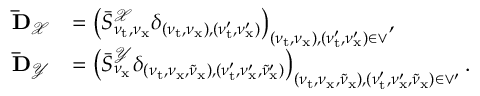
\begin{array} { r l } { \mathbf { \bar { D } } _ { \mathcal { X } } } & { = \bigl ( \bar { S } _ { \nu _ { \mathrm { t } } , \nu _ { \mathrm { x } } } ^ { \mathcal { X } } \delta _ { ( \nu _ { \mathrm { t } } , \nu _ { \mathrm { x } } ) , ( \nu _ { \mathrm { t } } ^ { \prime } , \nu _ { \mathrm { x } } ^ { \prime } ) } \bigr ) _ { ( \nu _ { \mathrm { t } } , \nu _ { \mathrm { x } } ) , ( \nu _ { \mathrm { t } } ^ { \prime } , \nu _ { \mathrm { x } } ^ { \prime } ) \in \vee } , } \\ { \mathbf { \bar { D } } _ { \mathcal { Y } } } & { = \bigl ( \bar { S } _ { \nu _ { \mathrm { x } } } ^ { \mathcal { Y } } \delta _ { ( \nu _ { \mathrm { t } } , \nu _ { \mathrm { x } } , \tilde { \nu } _ { \mathrm { x } } ) , ( \nu _ { \mathrm { t } } ^ { \prime } , \nu _ { \mathrm { x } } ^ { \prime } , \tilde { \nu } _ { \mathrm { x } } ^ { \prime } ) } \bigr ) _ { ( \nu _ { \mathrm { t } } , \nu _ { \mathrm { x } } , \tilde { \nu } _ { \mathrm { x } } ) , ( \nu _ { \mathrm { t } } ^ { \prime } , \nu _ { \mathrm { x } } ^ { \prime } , \tilde { \nu } _ { \mathrm { x } } ) \in \vee ^ { \prime } } \, . } \end{array}